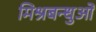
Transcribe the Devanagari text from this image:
मिश्रबन्धुओं